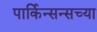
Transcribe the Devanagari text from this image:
पार्किन्सन्सच्या